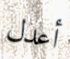
أعدل